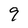
Character: 9